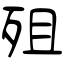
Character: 殂